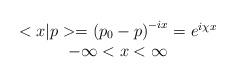
LaTeX: \begin{align*}\begin{array}{c}<x|p>=\left( p_0-p\right) ^{-ix}=e^{i\chi x} \\-\infty <x<\infty\end{array}\end{align*}